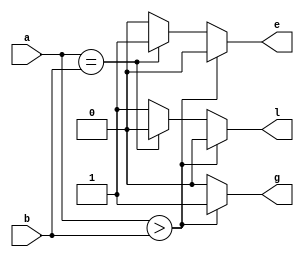
module comparator(input [3:0] a,input [3:0]b ,output reg l,output reg e,output reg g);
  always @(a or b)
     begin
       if(a > b)   begin  
            l= 0;
            e = 0;
            g = 1;    
       end
       else if(a == b) begin 
            l= 0;
            e= 1;
            g = 0;    
       end
        else   begin 
            l = 1;
            e = 0;
            g =0;
        end 
    end
endmodule